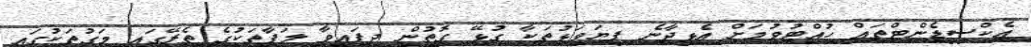
އެކްސިޑެންޓްތައް ހުއްޓުވުމަށް އެޅިދާނެ ފިޔަވަޅުތަކާ ގުޅޭ ގޮތުން ދީފައިވާ ލަފާތަކުގެ ތެރޭގައި މަގުތަކުގައި